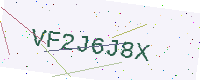
Text: VF2J6J8X